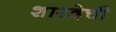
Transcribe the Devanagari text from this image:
शारदेची